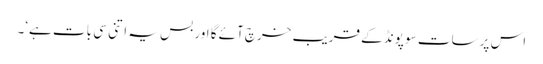
اس پر سات سو پونڈ کے قریب خرچ آئے گا اور بس یہ اتنی سی بات ہے‘۔